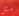
مثل